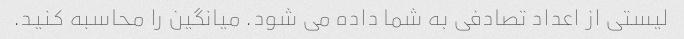
لیستی از اعداد تصادفی به شما داده می شود. میانگین را محاسبه کنید.